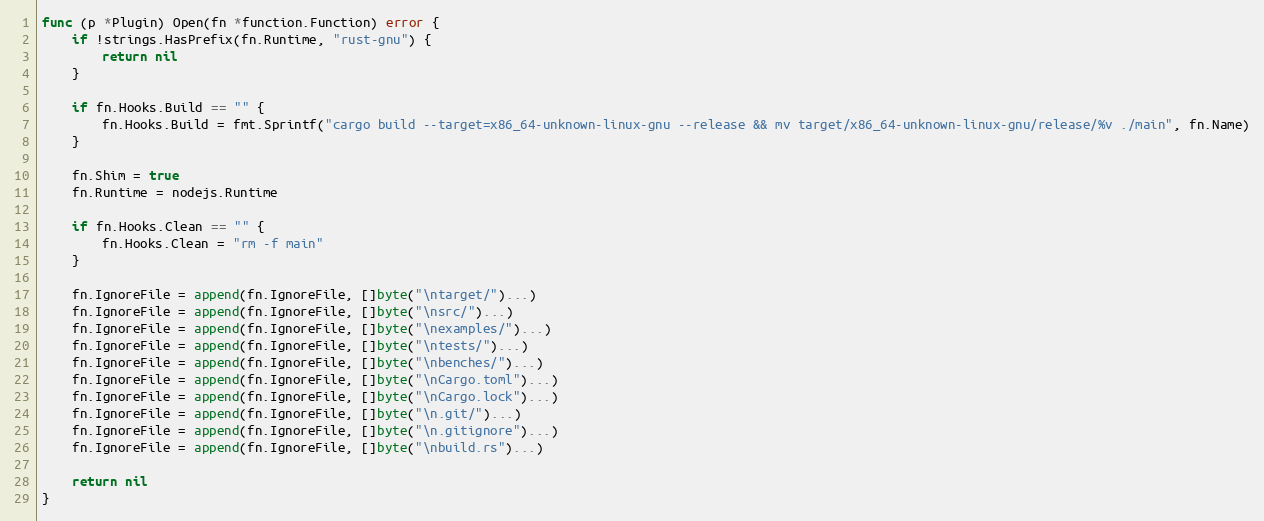
Language: Go
func (p *Plugin) Open(fn *function.Function) error {
	if !strings.HasPrefix(fn.Runtime, "rust-gnu") {
		return nil
	}

	if fn.Hooks.Build == "" {
		fn.Hooks.Build = fmt.Sprintf("cargo build --target=x86_64-unknown-linux-gnu --release && mv target/x86_64-unknown-linux-gnu/release/%v ./main", fn.Name)
	}

	fn.Shim = true
	fn.Runtime = nodejs.Runtime

	if fn.Hooks.Clean == "" {
		fn.Hooks.Clean = "rm -f main"
	}

	fn.IgnoreFile = append(fn.IgnoreFile, []byte("\ntarget/")...)
	fn.IgnoreFile = append(fn.IgnoreFile, []byte("\nsrc/")...)
	fn.IgnoreFile = append(fn.IgnoreFile, []byte("\nexamples/")...)
	fn.IgnoreFile = append(fn.IgnoreFile, []byte("\ntests/")...)
	fn.IgnoreFile = append(fn.IgnoreFile, []byte("\nbenches/")...)
	fn.IgnoreFile = append(fn.IgnoreFile, []byte("\nCargo.toml")...)
	fn.IgnoreFile = append(fn.IgnoreFile, []byte("\nCargo.lock")...)
	fn.IgnoreFile = append(fn.IgnoreFile, []byte("\n.git/")...)
	fn.IgnoreFile = append(fn.IgnoreFile, []byte("\n.gitignore")...)
	fn.IgnoreFile = append(fn.IgnoreFile, []byte("\nbuild.rs")...)

	return nil
}